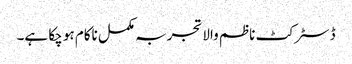
ڈسٹرکٹ ناظم والا تجربہ مکمل ناکام ہو چکا ہے۔